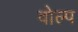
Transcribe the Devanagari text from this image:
वोल्प